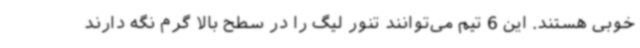
خوبی هستند. این 6 تیم می‌توانند تنور لیگ را در سطح بالا گرم نگه دارند